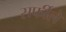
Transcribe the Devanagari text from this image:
सर्फीले